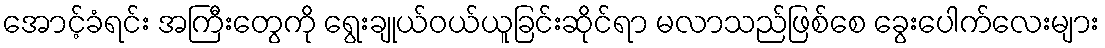
အောင့်ခံရင်း အကြီးတွေကို ရွေးချုယ်ဝယ်ယူခြင်းဆိုင်ရာ မလာသည်ဖြစ်စေ ခွေးပေါက်လေးများ